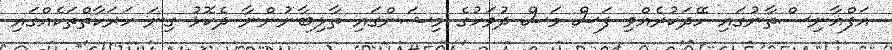
އަފްޣާނިސްތާނުގައި ހޭދަކުރެއްވި ފަސް މަސް ދުވަހުގެ މިޝަންގައި ތާލިބާނުންނާ ދެކޮޅު ގިނަ ހަރަކާތްތަކެއްގައި